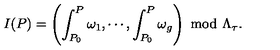
I ( P ) = \left( \int _ { P _ { 0 } } ^ { P } \omega _ { 1 } , \cdots , \int _ { P _ { 0 } } ^ { P } \omega _ { g } \right) \ \mathrm { m o d } \ \Lambda _ { \tau } .